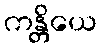
ကန္တိယေ